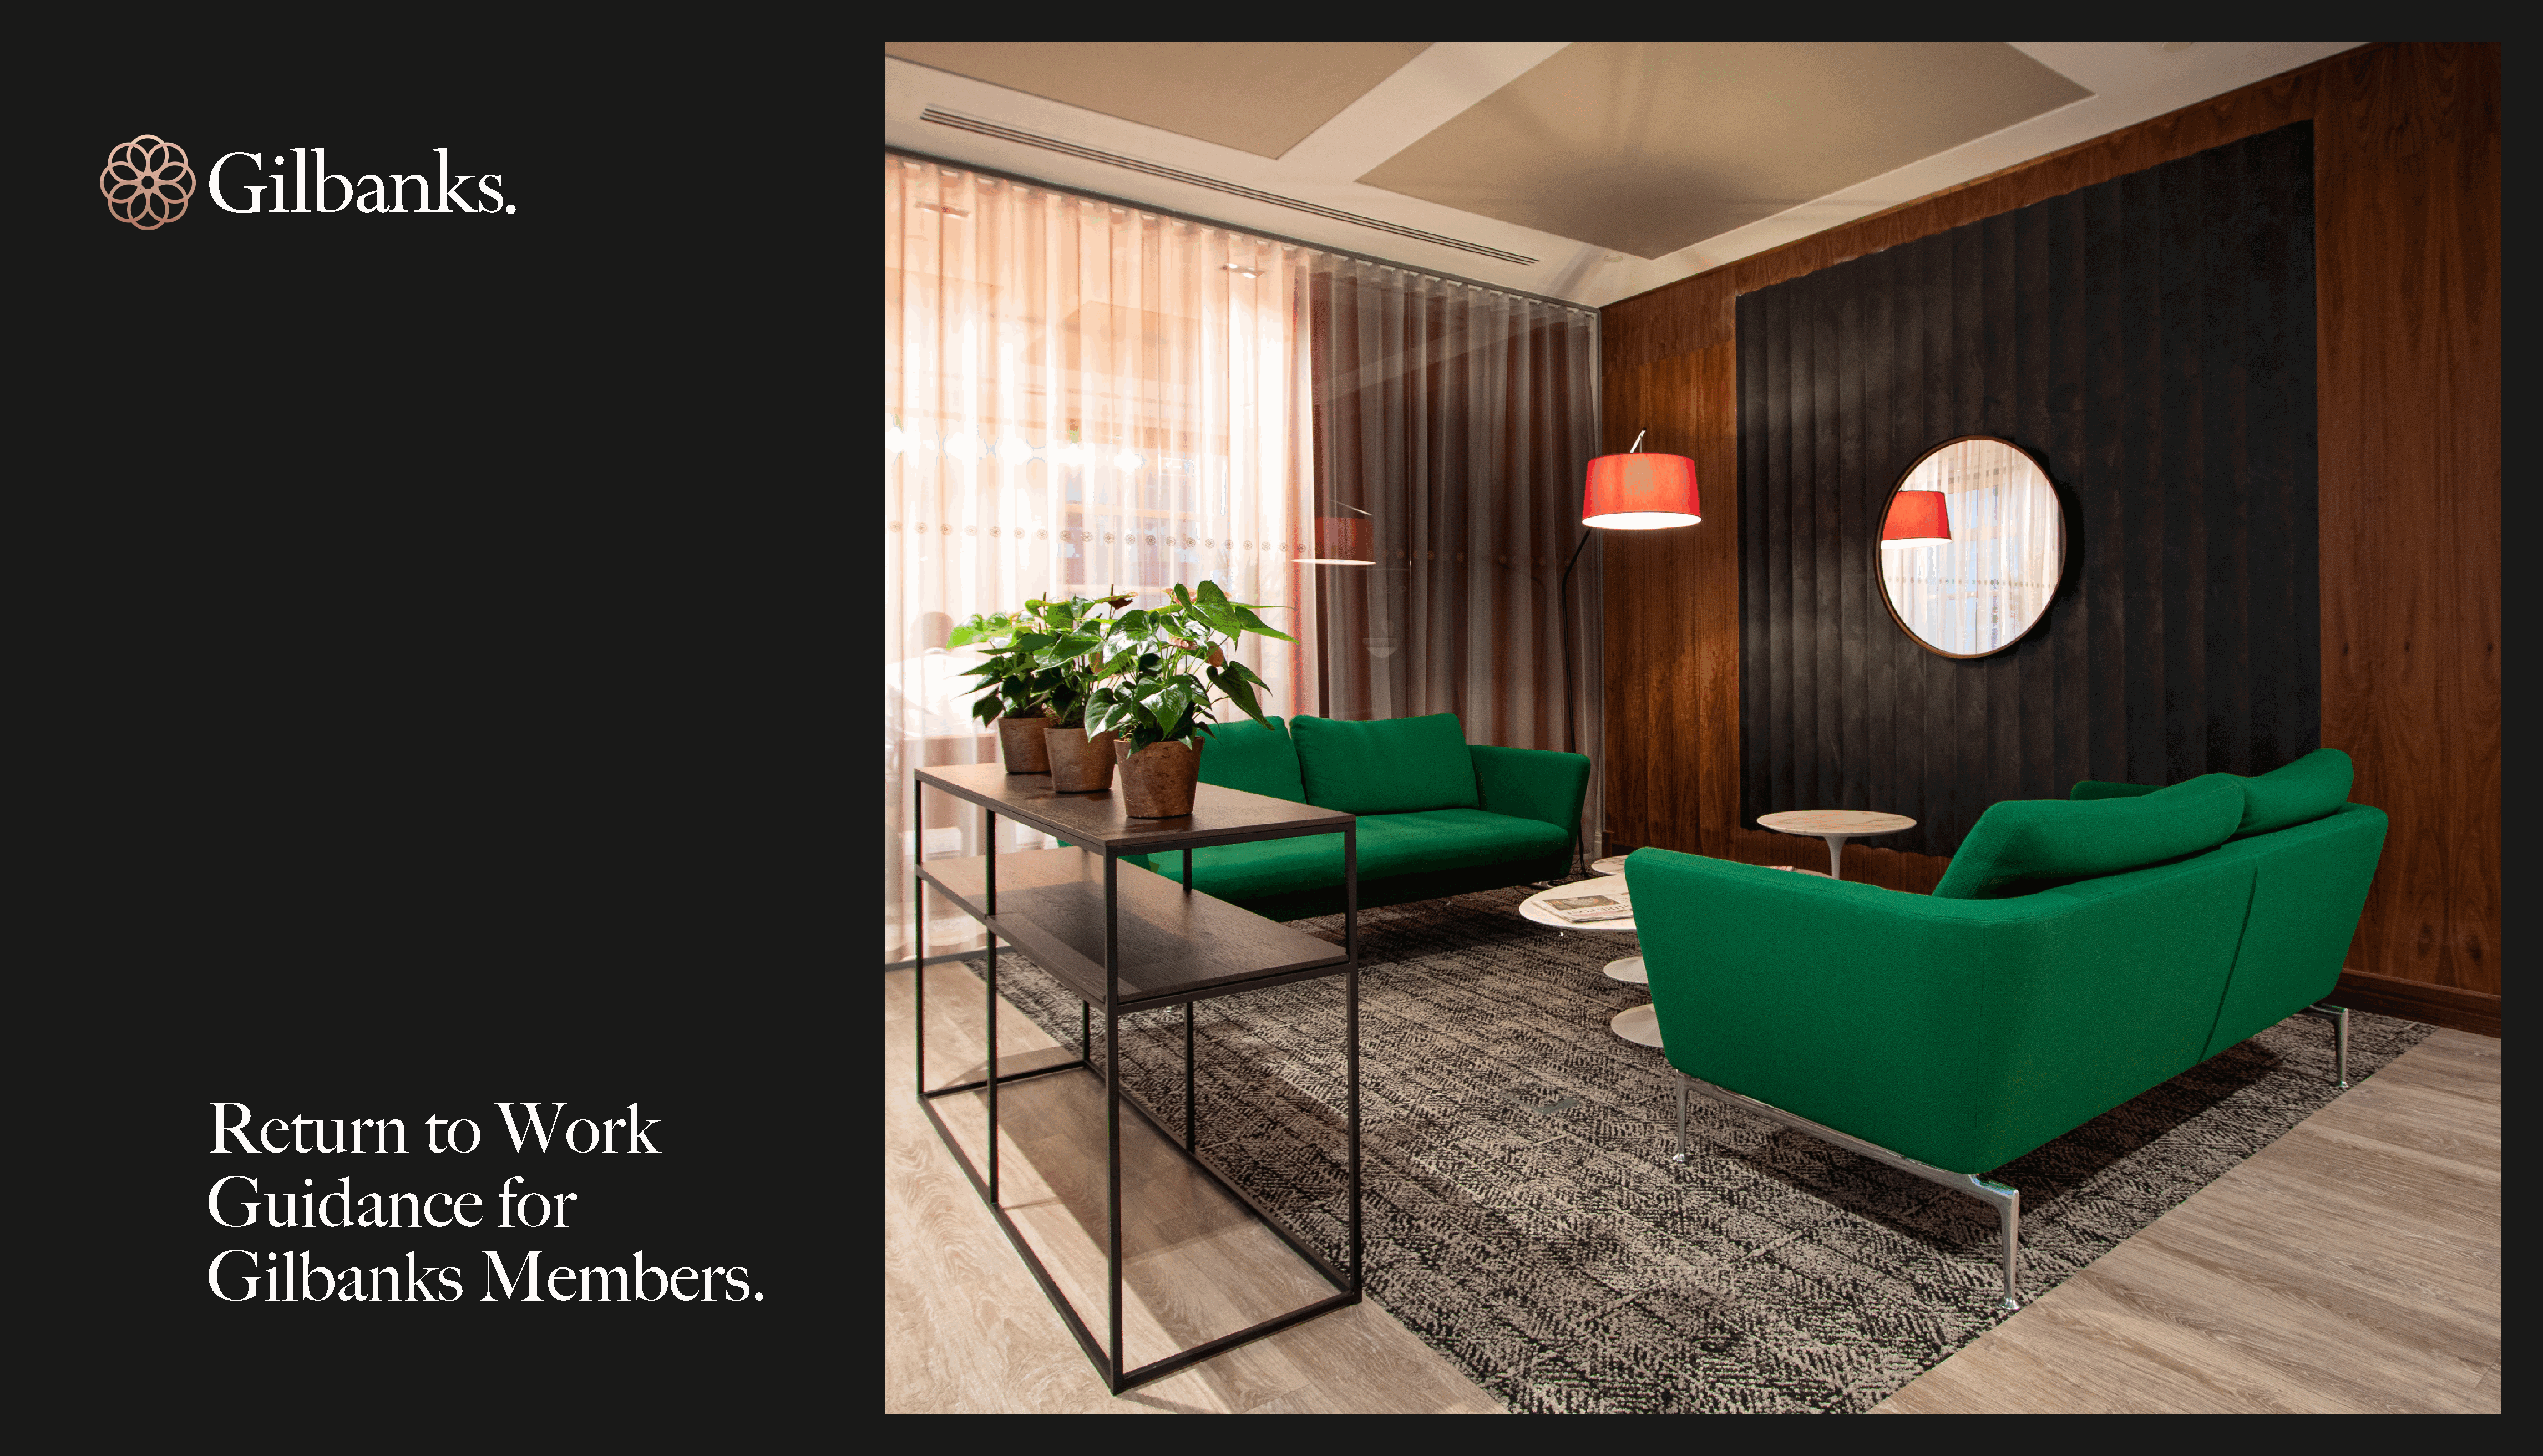
Return                    to      Work
 Guidance                          for
 Gilbanks                        Members.